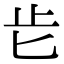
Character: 𣥅